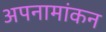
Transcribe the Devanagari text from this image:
अपनामांकन